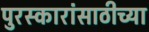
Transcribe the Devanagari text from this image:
पुरस्कारांसाठीच्या